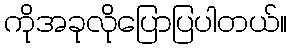
ကိုအခုလိုပြောပြပါတယ်။